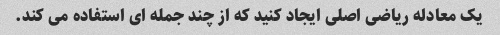
یک معادله ریاضی اصلی ایجاد کنید که از چند جمله ای استفاده می کند.